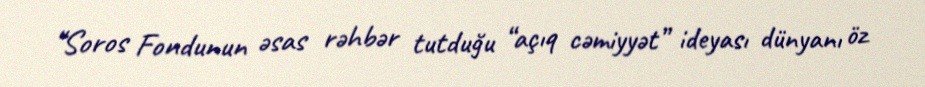
“Soros Fondunun əsas rəhbər tutduğu “açıq cəmiyyət” ideyası dünyanı öz